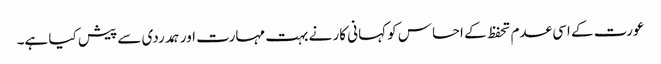
عورت کے اسی عدم تحفظ کے احساس کو کہانی کار نے بہت مہارت اور ہمدردی سے پیش کیا ہے۔